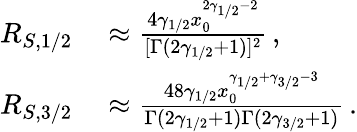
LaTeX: \begin{array}{rl}{R_{S,1/2}}&{{}\approx\frac{4\gamma_{1/2}x_{0}^{2\gamma_{1/2}-2}}{[\Gamma(2\gamma_{1/2}+1)]^{2}}\, ,}\\ {R_{S,3/2}}&{{}\approx\frac{48\gamma_{1/2}x_{0}^{\gamma_{1/2}+\gamma_{3/2}-3}}{\Gamma(2\gamma_{1/2}+1)\Gamma(2\gamma_{3/2}+1)}\, .}\end{array}